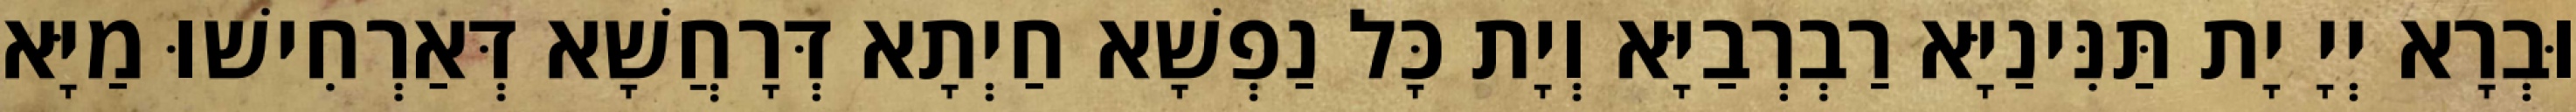
וּבְרָא יְיָ יָת תַּנִּינַיָּא רַבְרְבַיָּא וְיָת כָּל נַפְשָׁא חַיְתָא דְּרָחֲשָׁא דְּאַרְחִישׁוּ מַיָּא